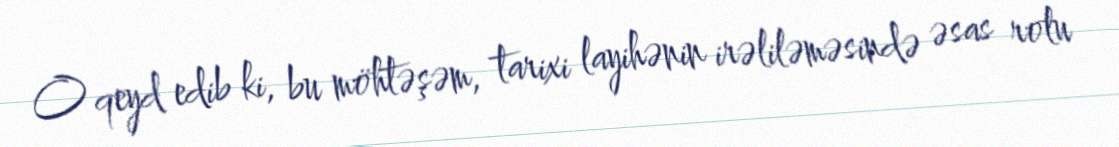
O qeyd edib ki, bu möhtəşəm, tarixi layihənin irəliləməsində əsas rolu